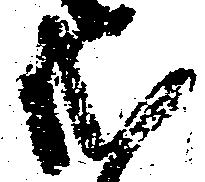
式